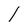
Character: l